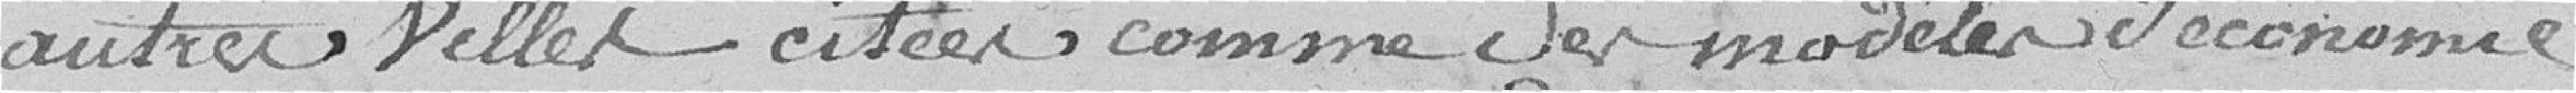
autres villes citées comme des modèles d'économie